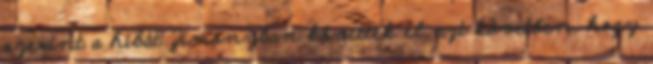
szerint a hibát Zimonyban követték el, azt követően, hogy